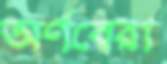
অর্ণবেরা